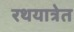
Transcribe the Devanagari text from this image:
रथयात्रेत